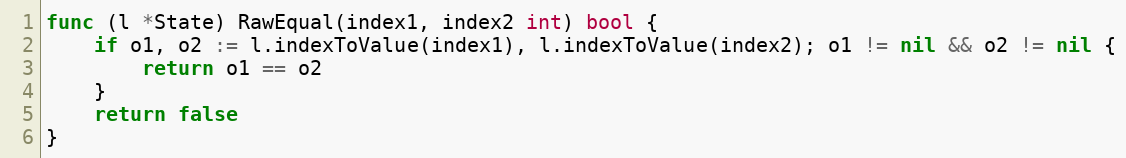
Language: Go
func (l *State) RawEqual(index1, index2 int) bool {
	if o1, o2 := l.indexToValue(index1), l.indexToValue(index2); o1 != nil && o2 != nil {
		return o1 == o2
	}
	return false
}